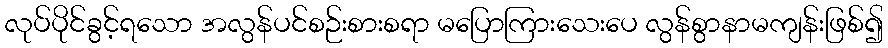
လုပ်ပိုင်ခွင့်ရသော အလွန်ပင်စဉ်းစားစရာ မပြောကြားသေးပေ လွန်စွာနာမကျန်းဖြစ်၍